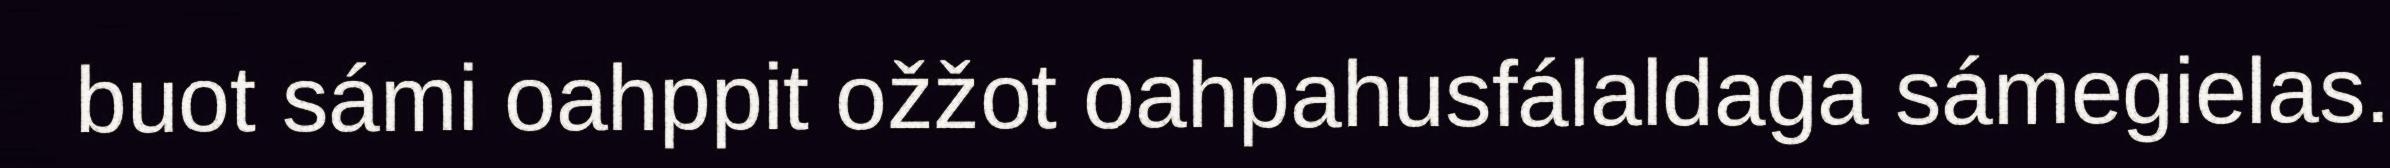
buot sámi oahppit ožžot oahpahusfálaldaga sámegielas.